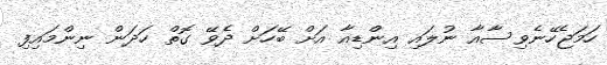
ހަމަޖެހޭނެވިސާއާ ނުލައި އިންޑިއާ އަށް ބޭހަށް ދެވޭ ގޮތް ހަދަން ނިންމައިފި